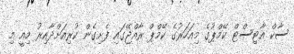
ސާކް އާޓިސްޓް ކޭމްޕުގެ މިއަހަރުގެ ކޭމްޕް ރާއްޖޭގައި ފެށިގެން ކުރިއަށްދާއިރު މިއީ މި